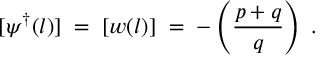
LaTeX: [ \psi ^ { \dagger } ( l ) ] \; = \; [ w ( l ) ] \; = \; - \left( \frac { p + q } { q } \right) \; .